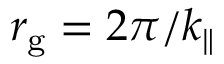
r _ { \mathrm { g } } = 2 \pi / k _ { \parallel }